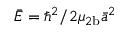
\bar { E } = \hbar ^ { 2 } / 2 \mu _ { 2 \mathrm { b } } \bar { a } ^ { 2 }